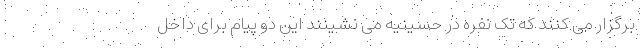
برگزار می کنند که تک نفره در حسینیه می نشینند این دو پیام برای داخل